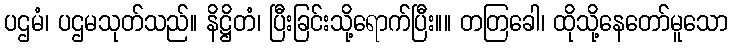
ပဌမံ၊ ပဌမသုတ်သည်။ နိဋ္ဌိတံ၊ ပြီးခြင်းသို့ရောက်ပြီး။။ တတြခေါ၊ ထိုသို့နေတော်မူသော